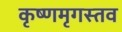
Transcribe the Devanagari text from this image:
कृष्णमृगस्तव